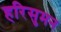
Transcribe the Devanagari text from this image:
हरिसुमन